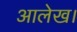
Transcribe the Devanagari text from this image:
आलेख।